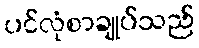
ပင်လုံစာချုပ်သည်